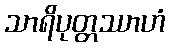
သာရိပုတ္တဿာဟံ